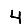
Digit: 4